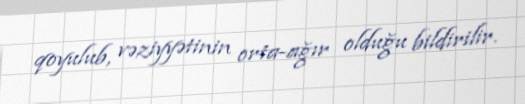
qoyulub, vəziyyətinin orta-ağır olduğu bildirilir.